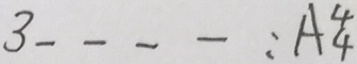
3 \_ \_ \_ \_ : A _ { 4 } ^ { 4 }